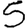
Digit: 5